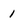
Character: 1